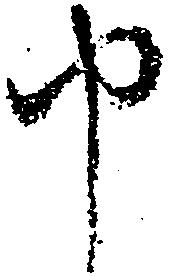
申